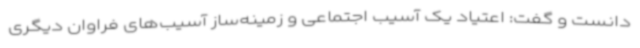
دانست و گفت: اعتیاد یک آسیب اجتماعی و زمینه‌ساز آسیب‌های فراوان دیگری